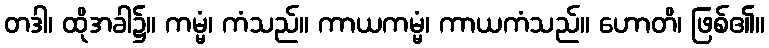
တဒါ၊ ထိုအခါ၌။ ကမ္မံ၊ ကံသည်။ ကာယကမ္မံ၊ ကာယကံသည်။ ဟောတိ၊ ဖြစ်၏။